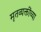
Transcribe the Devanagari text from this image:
मृतव्यक्तींच्या